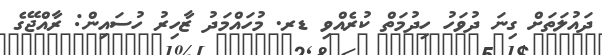
ދައުލަތަށް ގިނަ ދުވަހު ހިދުމަތް ކުރެއްވި ޑރ. މުހައްމަދު ޒާހިރު ހުސައިން: ރާއްޖޭގެ